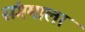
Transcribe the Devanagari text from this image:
संगमाला